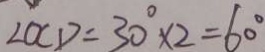
\angle O C D = 3 0 ^ { \circ } \times 2 = 6 0 ^ { \circ }